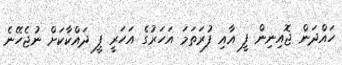
ހައްދަން ޖޮއިނިން ފީ އާއި ފުރަތަމަ އަހަރުގެ އަހަރީ ފީ ދައްކާކަށް ނުޖެހޭނެ